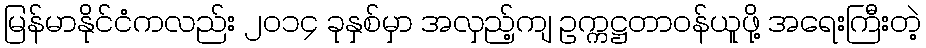
မြန်မာနိုင်ငံကလည်း ၂၀၁၄ ခုနှစ်မှာ အလှည့်ကျ ဥက္ကဋ္ဌတာဝန်ယူဖို့ အရေးကြီးတဲ့